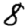
Digit: 8